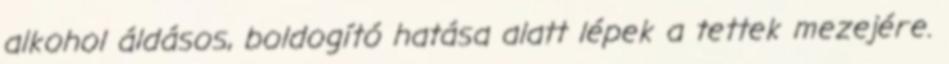
alkohol áldásos, boldogító hatása alatt lépek a tettek mezejére.